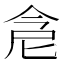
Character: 𠉞